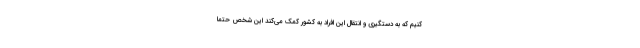
کنیم که به دستگیری و انتقال این افراد به کشور کمک می‌کند این شخص حتما